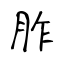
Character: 胙